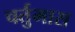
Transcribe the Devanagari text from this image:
चर्तुमास